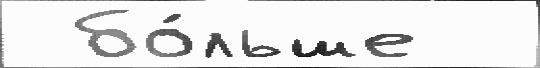
 бо́льше